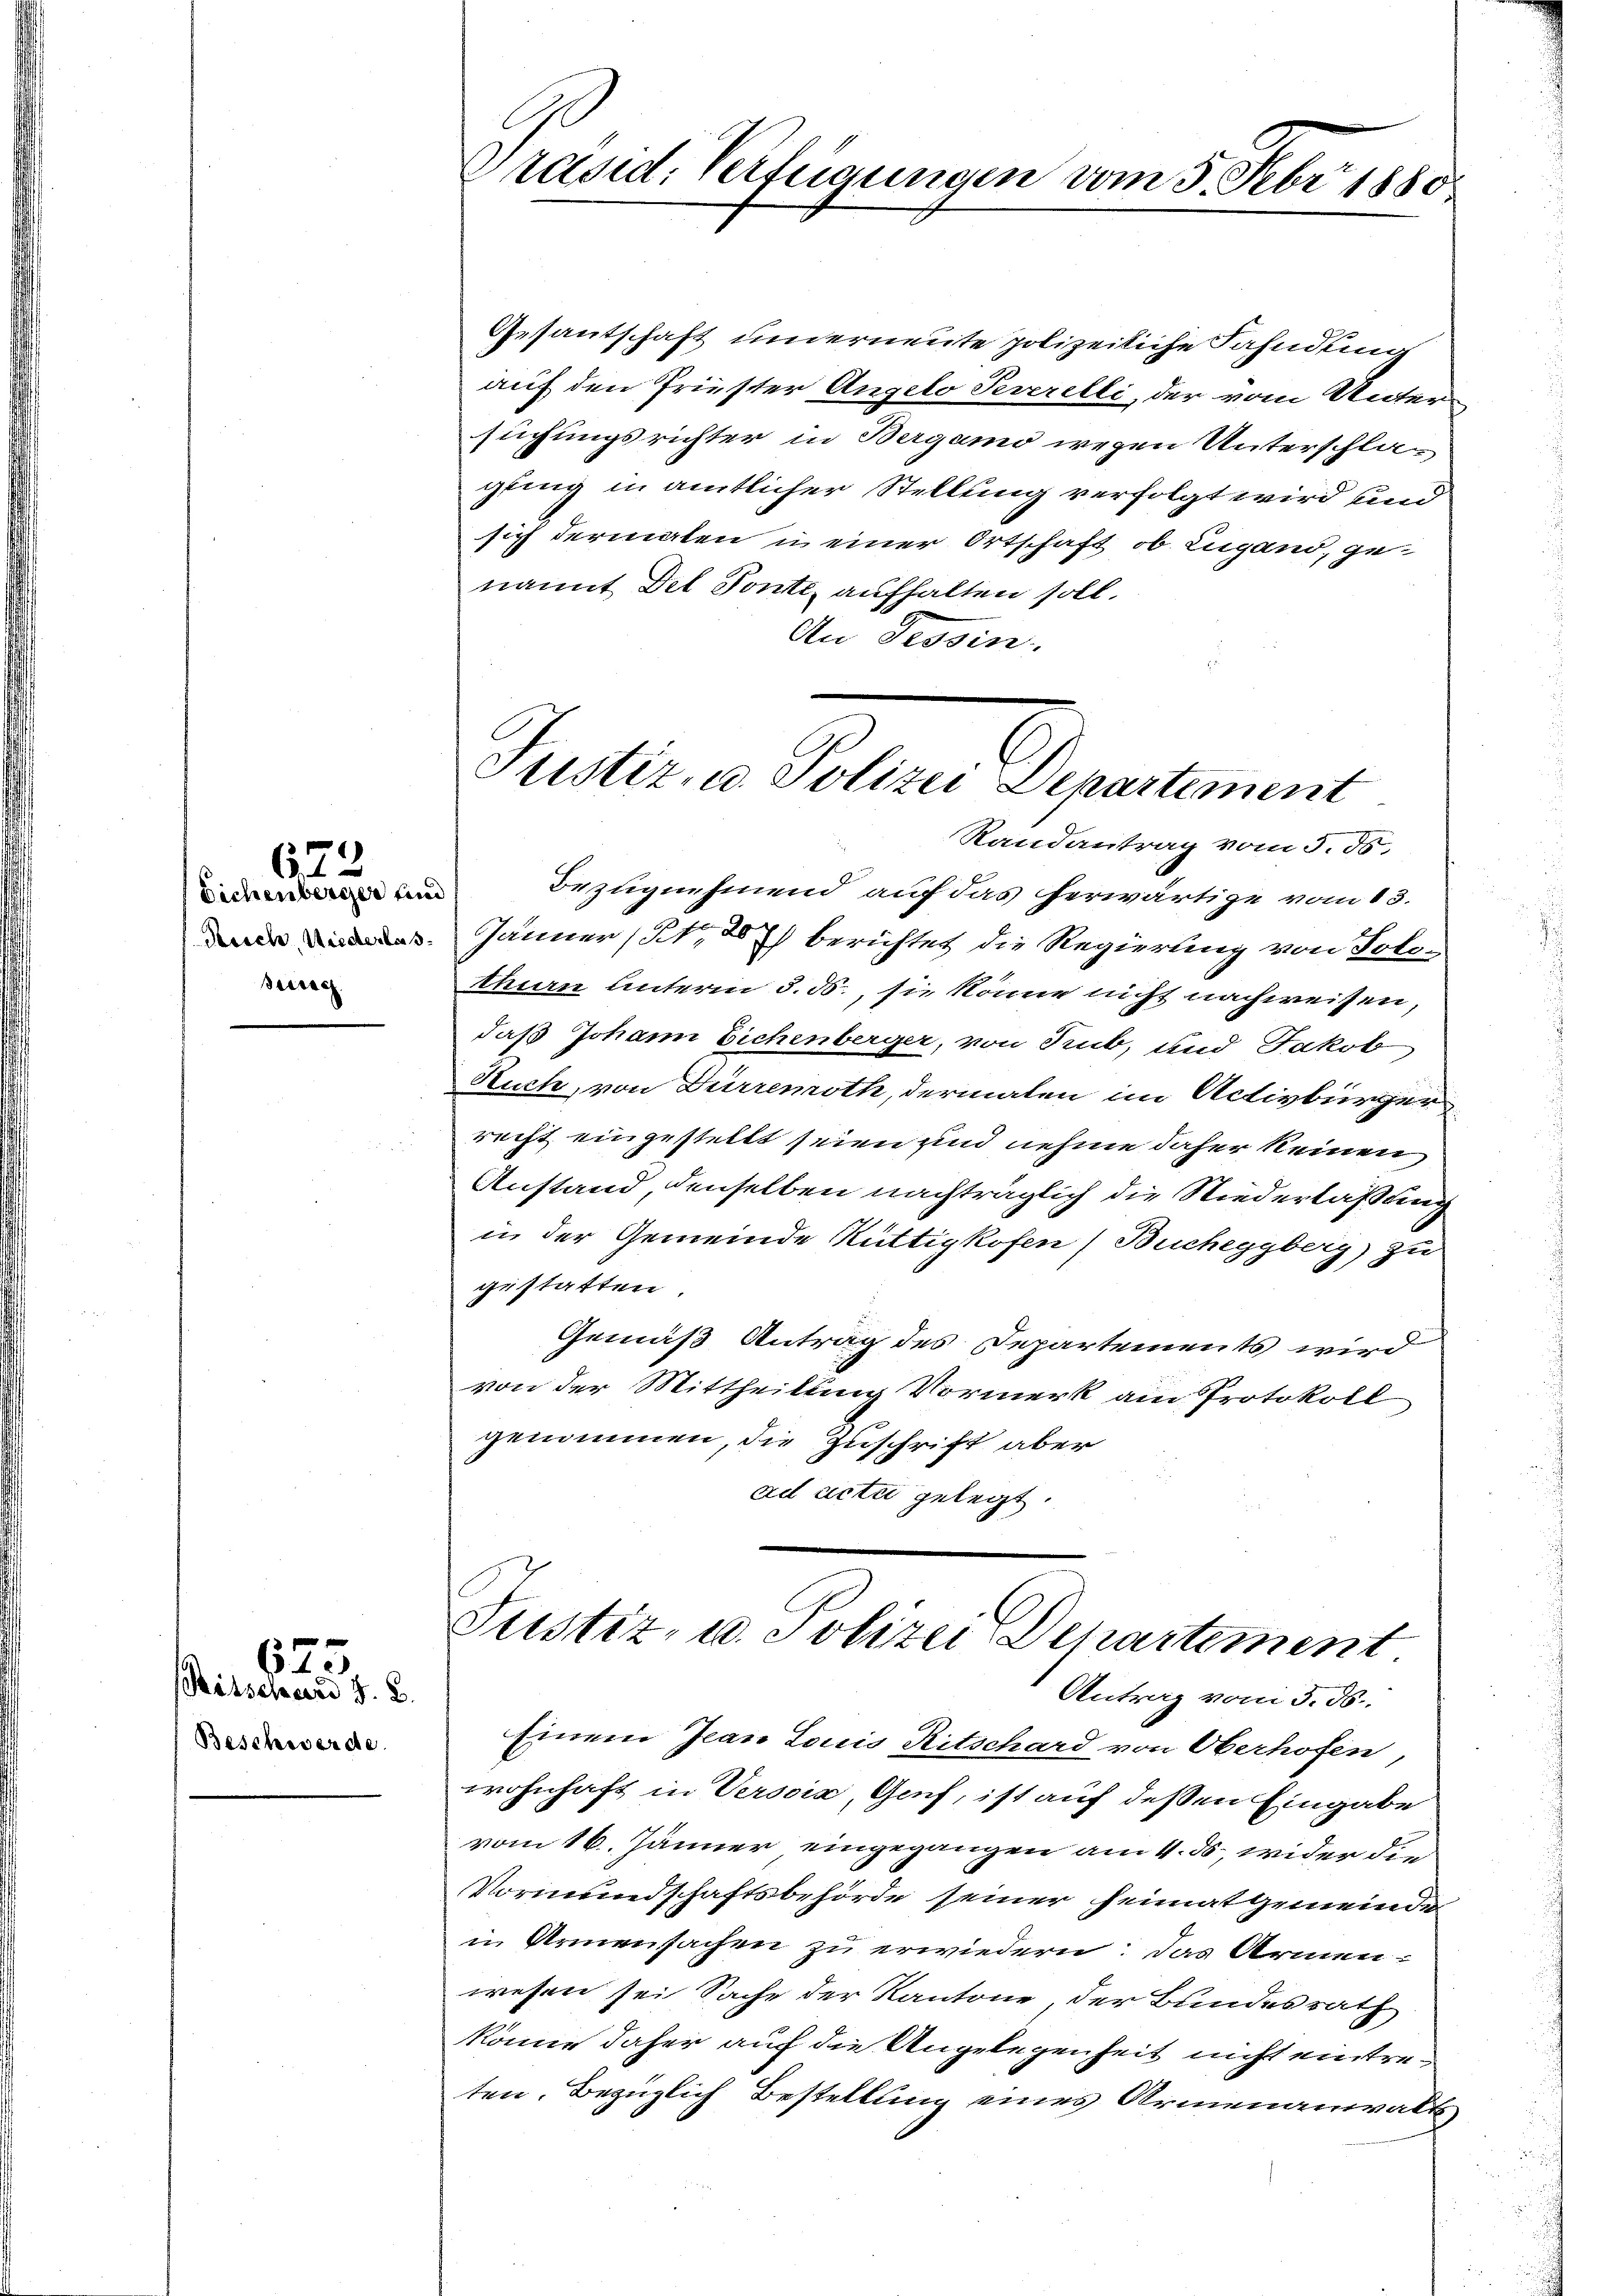
Sichenberger und
Reich Niederlas
Seerach

673

Ritschard z. B.
Beschwerde

625

Präsid. Verfügungen vom 3. Febr. 1880.

Gesantschaft underneute polizeiliche Fahndung
auf den Priester Angelo Severelli, der vom Untersuchungsrichter in Bergamo wegen Unterschlagling in amtlicher Stellung verfolgt wird und
sich dermaten u einer Ortschaft, ob Lugand, genannt Dei Ponte, aufhalten soll.
An Tessin.

Justiz- u. Polizei Departement

Randantrag vom 5. ds.
Bezugnehmend auf das herwärtige vom 13.
Jänner (§ 2) berichtet die Regierung von Solothurn unterm 3. ds., sie könne nicht nachweisen,
daß Johann Eichenberger, von Rub, und Jakob
Ruch, von Dürremoth, dermalen im Activbürger
recht eingestellt seien und nehme daher keinen
Anstand, denselben nachträglich die Niederlaßung
in der Gemeinde Rüttigkofen (Bucheggberg) zu
gestatten
Gemäß Antrag des Departements wird
von der Mittheilung Vormerk am Protokoll
genommen, die Zuschrift aber
ad acti gelegt.

Justiz- u. Polizei Departement
Antrag vom 3. ds.

Einem Jean Louis Ritschard von Oberhofen,
wohnhaft in Versoix, Genf, ist auf deßen Eingabe
vom 16. Jänner eingegangen am 4. ds. wider die
Vormundschaftsbehörde seiner Heimatgemeinde
in Armensachen zu erwiedern. Das Armenwesen sei Sache der Kantone, der Bundesrath
könne daher auf die Angelegenheit nicht eintreten. Bezüglich Bestellung eines Armenanwalt